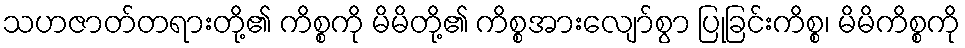
သဟဇာတ်တရားတို့၏ ကိစ္စကို မိမိတို့၏ ကိစ္စအားလျော်စွာ ပြုခြင်းကိစ္စ၊ မိမိကိစ္စကို